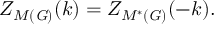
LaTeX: Z _ { M ( \mathit { G ) } } ( k ) = Z _ { M ^ { \ast } ( \mathit { G ) } } ( - k ) .